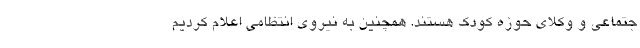
جتماعی و وکلای حوزه کودک هستند. همچنین به نیروی انتظامی اعلام کردیم